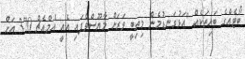
ބޯޓެއްގެ ބައިތަކެއް "އަޅުގަނޑުމެން މިތިބީ ވަރަށް މާޔޫސްވެފައި އެއީ އެމްއެޗް 370 އަށް